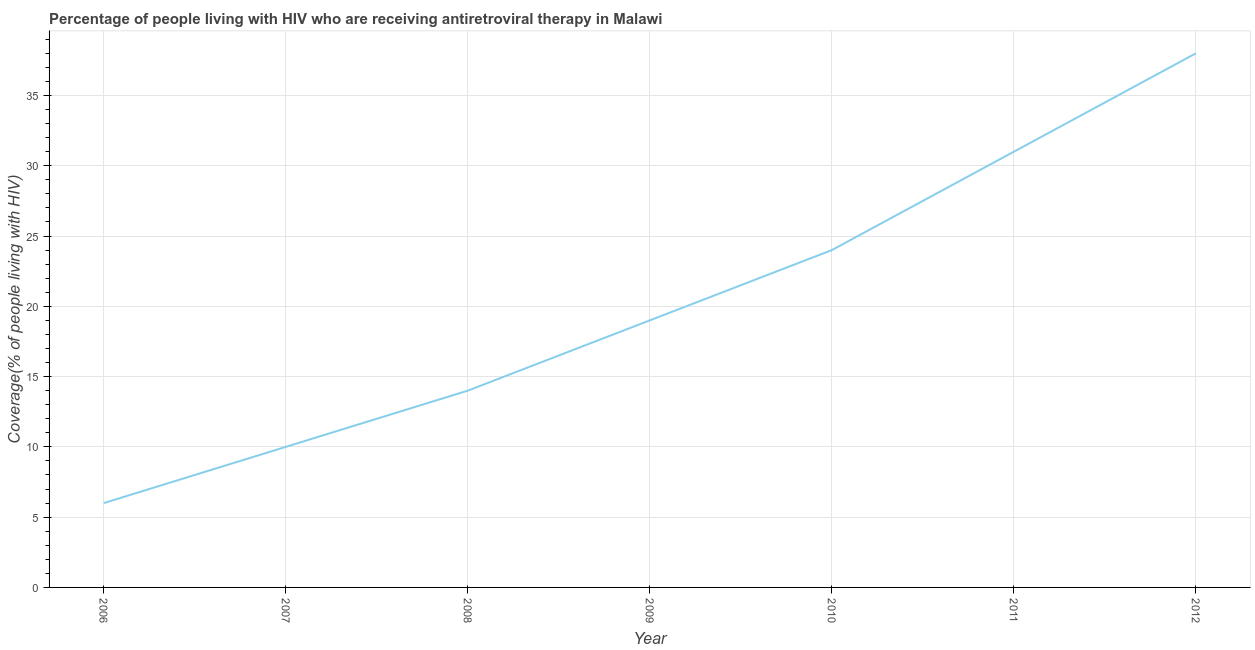
| Year | Antiretroviral therapy coverage |
 | --- | --- |
 | 2006 | 6 |
 | 2007 | 10 |
 | 2008 | 14 |
 | 2009 | 19 |
 | 2010 | 24 |
 | 2011 | 31 |
 | 2012 | 38 |